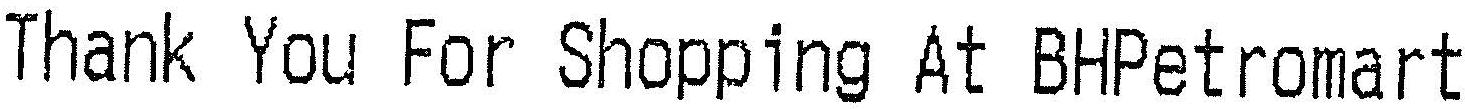
THANK YOU FOR SHOPPING AT BHPETROMART